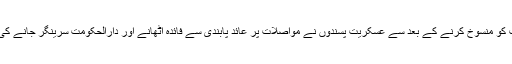
ساؤتھ ایشین وائر کے مطابق پولیس نے بتایا کہ 5 اگست کو کشمیر کی خصوصی حیثیت کو منسوخ کرنے کے بعد سے عسکریت پسندوں نے مواصلات پر عائد پابندی سے فائدہ اٹھانے اور دارالحکومت سرینگر جانے کی بھی کوشش کی، تاہم ضلع میں سکیورٹی فورسز کومستعد رہنے کی ہدایت دی گئی ہے۔